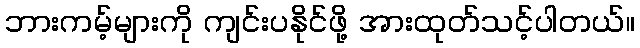
ဘားကမ့်များကို ကျင်းပနိုင်ဖို့ အားထုတ်သင့်ပါတယ်။